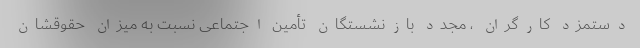
دستمزد کارگران ، مجدد بازنشستگان تأمین‌ اجتماعی نسبت به میزان حقوقشان